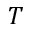
T